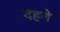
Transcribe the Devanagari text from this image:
दहने